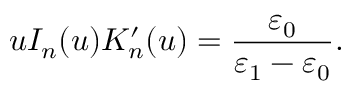
u I _ { n } ( u ) K _ { n } ^ { \prime } ( u ) = \frac { \varepsilon _ { 0 } } { \varepsilon _ { 1 } - \varepsilon _ { 0 } } .